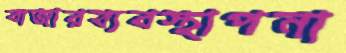
বাজারব্যবস্থাপনা